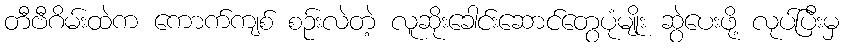
တီဗီဂိမ်းထဲက ကောက်ကျစ် စဉ်းလဲတဲ့ လူဆိုးခေါင်းဆောင်တွေပုံမျိုး ဆွဲပေးဖို့ လုပ်ပြီးမှ